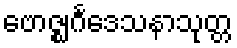
ဗောဇ္ဈင်္ဂဒေသနာသုတ္တ